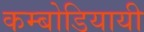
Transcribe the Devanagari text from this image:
कम्बोडियायी